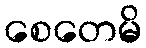
စေတေမိ